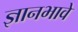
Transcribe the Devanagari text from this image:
ज्ञानभावे